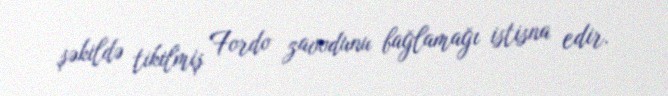
şəkildə tikilmiş Fordo zavodunu bağlamağı istisna edir.